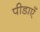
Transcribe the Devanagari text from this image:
पीडाएँ